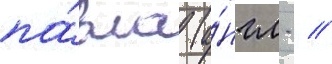
па́вла (а́нгл.  //